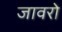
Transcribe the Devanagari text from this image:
जावरो